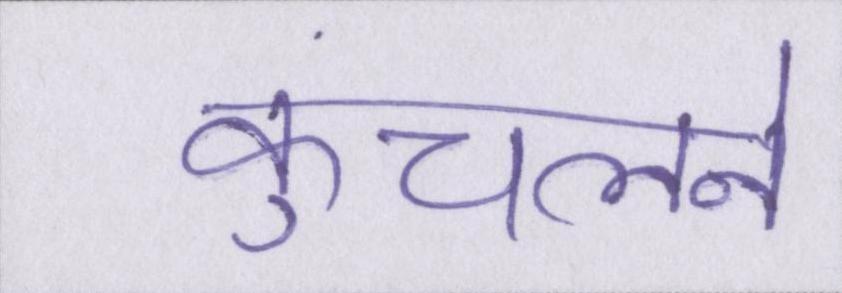
कुचलने